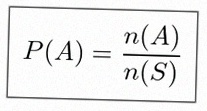
P(A)=\frac{n(A)}{n(S)}